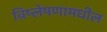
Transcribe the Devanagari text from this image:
विष्लेषणामधील